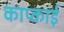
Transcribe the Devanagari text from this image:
काप्काई